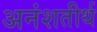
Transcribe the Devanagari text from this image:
अनंशतीर्थ